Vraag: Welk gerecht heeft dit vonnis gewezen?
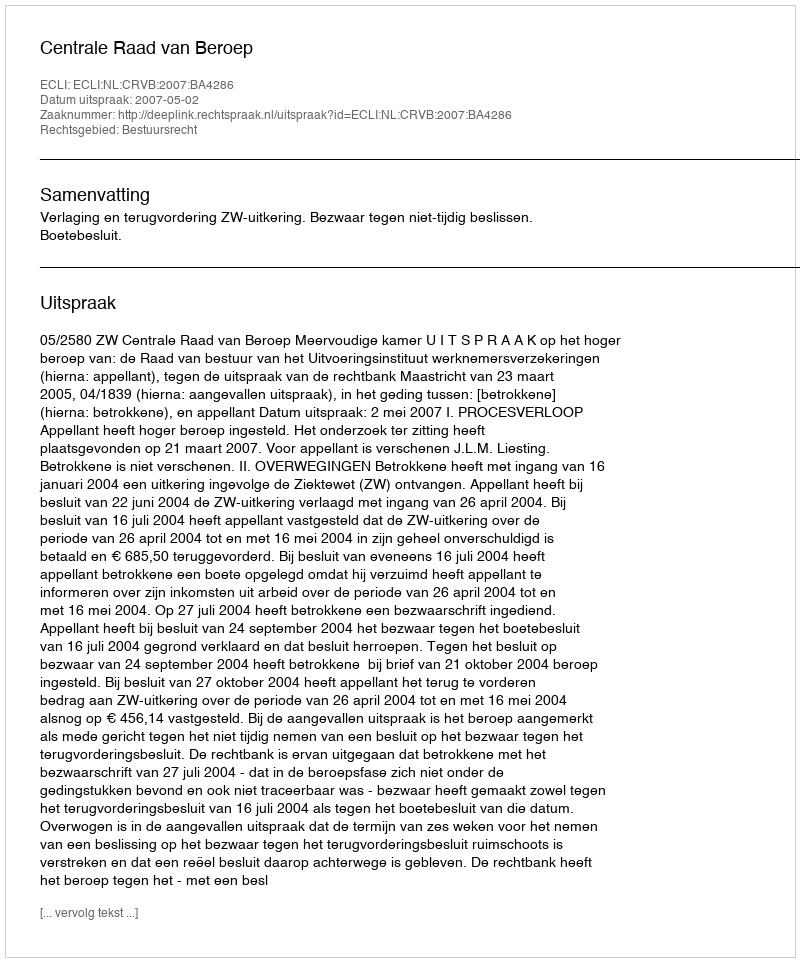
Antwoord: Centrale Raad van Beroep